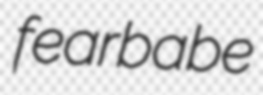
fearbabe